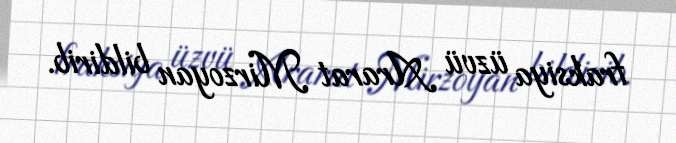
fraksiya üzvü Ararat Mirzoyan bildirib.